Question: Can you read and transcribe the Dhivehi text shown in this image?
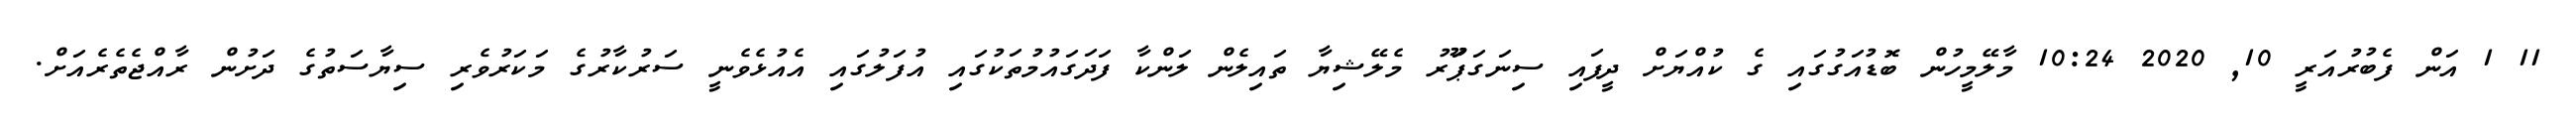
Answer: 11 1 އަން ފެބުރުއަރީ 10, 2020 10:24 މާލޭމީހުން ބޮޑުއަގުގައި ގެ ކުއްޔަށް ދީފައި ސިނަގަޕަޫރު މެލޭޝިޔާ ތައިލެން ލަންކާ ފަދަގައުމުތަކުގައި އުފަލުގައި އެއުޅެވެނީ ސަރުކާރުގެ މަކަރުވެރި ސިޔާސަތުގެ ދަށުން ރާއްޖެތެރެއަށް.